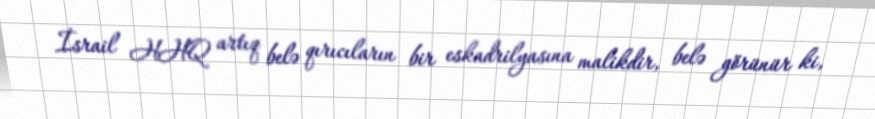
İsrail HHQ artıq belə qırıcıların bir eskadrilyasına malikdir, belə görünür ki,